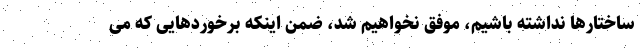
ساختارها نداشته باشیم، موفق نخواهیم شد، ضمن اینکه برخوردهایی که می